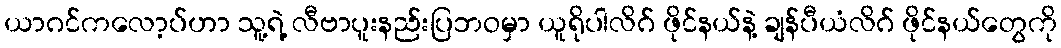
ယာဂင်ကလော့ပ်ဟာ သူ့ရဲ့ လီဗာပူးနည်းပြဘဝမှာ ယူရိုပါလိဂ် ဖိုင်နယ်နဲ့ ချန်ပီယံလိဂ် ဖိုင်နယ်တွေကို